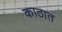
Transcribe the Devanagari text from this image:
काठात